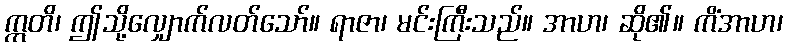
ဣတိ၊ ဤသို့လျှောက်လတ်သော်။ ရာဇာ၊ မင်းကြီးသည်။ အာဟ၊ ဆို၏။ ကိံအာဟ၊